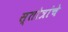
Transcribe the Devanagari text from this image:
स्तोत्रांचे